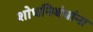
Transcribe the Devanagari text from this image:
शोधनिबंधांना